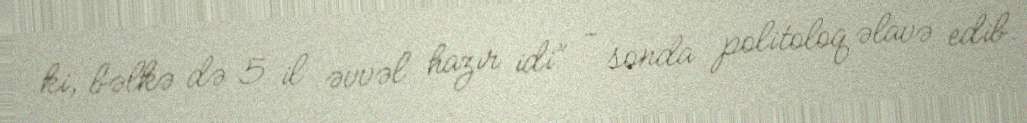
ki, bəlkə də 5 il əvvəl hazır idi” - sonda politoloq əlavə edib.